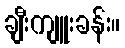
ချီးကျူးခန်း။